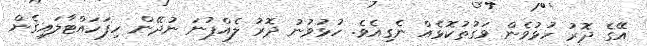
އޭގެ ދޮރު ހުޅުވެން ވަގުތުކޮޅެއް ނެގިއެވެ. ހުޅުވުނު ދޮރު ލެއްޕުނަ ނުދޭން ހިފަހައްޓާލައިގެން